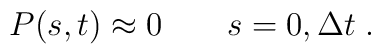
P(s,t) \approx 0 \qquad s = 0, {\Delta t} \; .